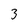
Character: 3